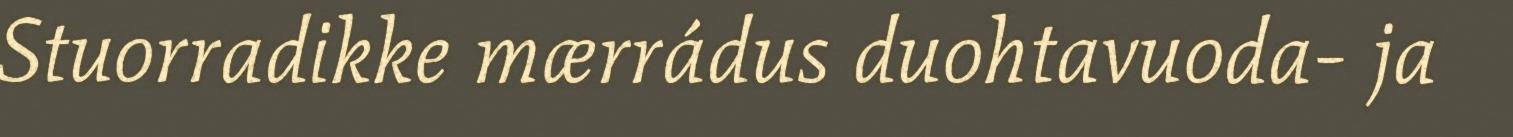
Stuorradikke mærrádus duohtavuoda- ja